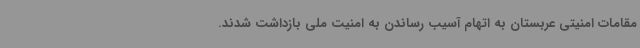
مقامات امنیتی عربستان به اتهام آسیب رساندن به امنیت ملی بازداشت شدند.